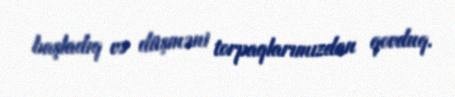
başladıq və düşməni torpaqlarımızdan qovduq.